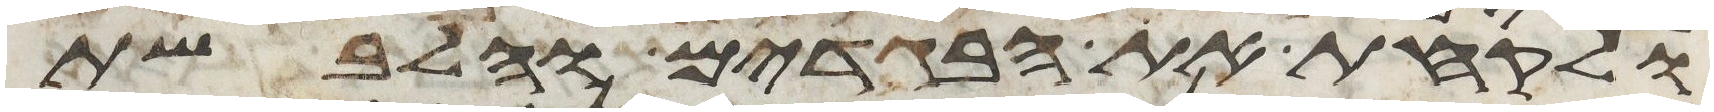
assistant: ולקחת את הבגדים והלבשת